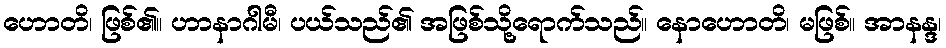
ဟောတိ၊ ဖြစ်၏။ ဟာနာဂါမီ၊ ပယ်သည်၏ အဖြစ်သို့ရောက်သည်။ နောဟောတိ၊ မဖြစ်။ အာနန္ဒ၊